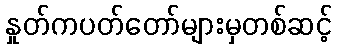
နှုတ်ကပတ်တော်များမှတစ်ဆင့်